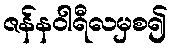
ဇန်နဝါရီလမှစ၍